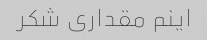
اینم مقداری شکر